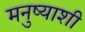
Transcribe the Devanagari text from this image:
मनुष्याशी